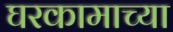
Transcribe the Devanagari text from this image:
घरकामाच्या